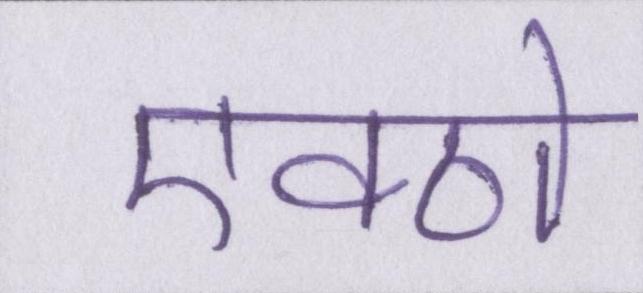
एक्ठो